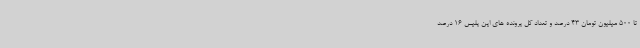
تا 500 میلیون تومان 43 درصد و تعداد کل پرونده های این پلیس 16 درصد